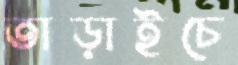
তাড়াইচে